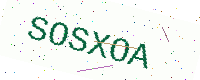
Text: SOSXOA